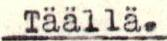
Täällä.